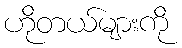
ဟိုတယ်များကို